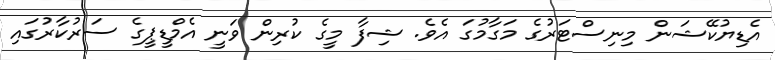
އެޑިޔުކޭޝަން މިނިސްޓަރުގެ މަގާމުގަ އެވެ. ޝިފާ މީގެ ކުރިން ވަނީ އެމްޑީޕީގެ ސަރުކާރުގައި